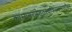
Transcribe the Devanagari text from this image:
काम्यमरणेतुतस्यत्रिरात्रमाशौचम्